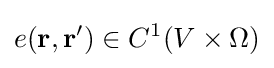
e(\mathbf {r,\mathbf {r} '} )\in C^{1}(V\times \Omega )